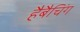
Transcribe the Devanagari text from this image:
हैबैचिंग